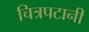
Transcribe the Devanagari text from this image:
चित्रपटानी